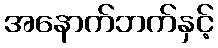
အနောက်ဘက်နှင့်